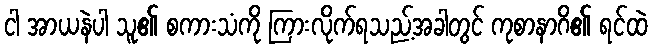
ငါ အာယနဲပါ သူ၏ စကားသံကို ကြားလိုက်ရသည့်အခါတွင် ကုစာနာဂိ၏ ရင်ထဲ